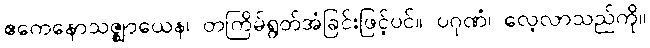
ဧကေနောသဇ္ဈာယေန၊ တကြိမ်ရွတ်အံခြင်းဖြင့်ပင်။ ပဂုဏံ၊ လေ့လာသည်ကို။